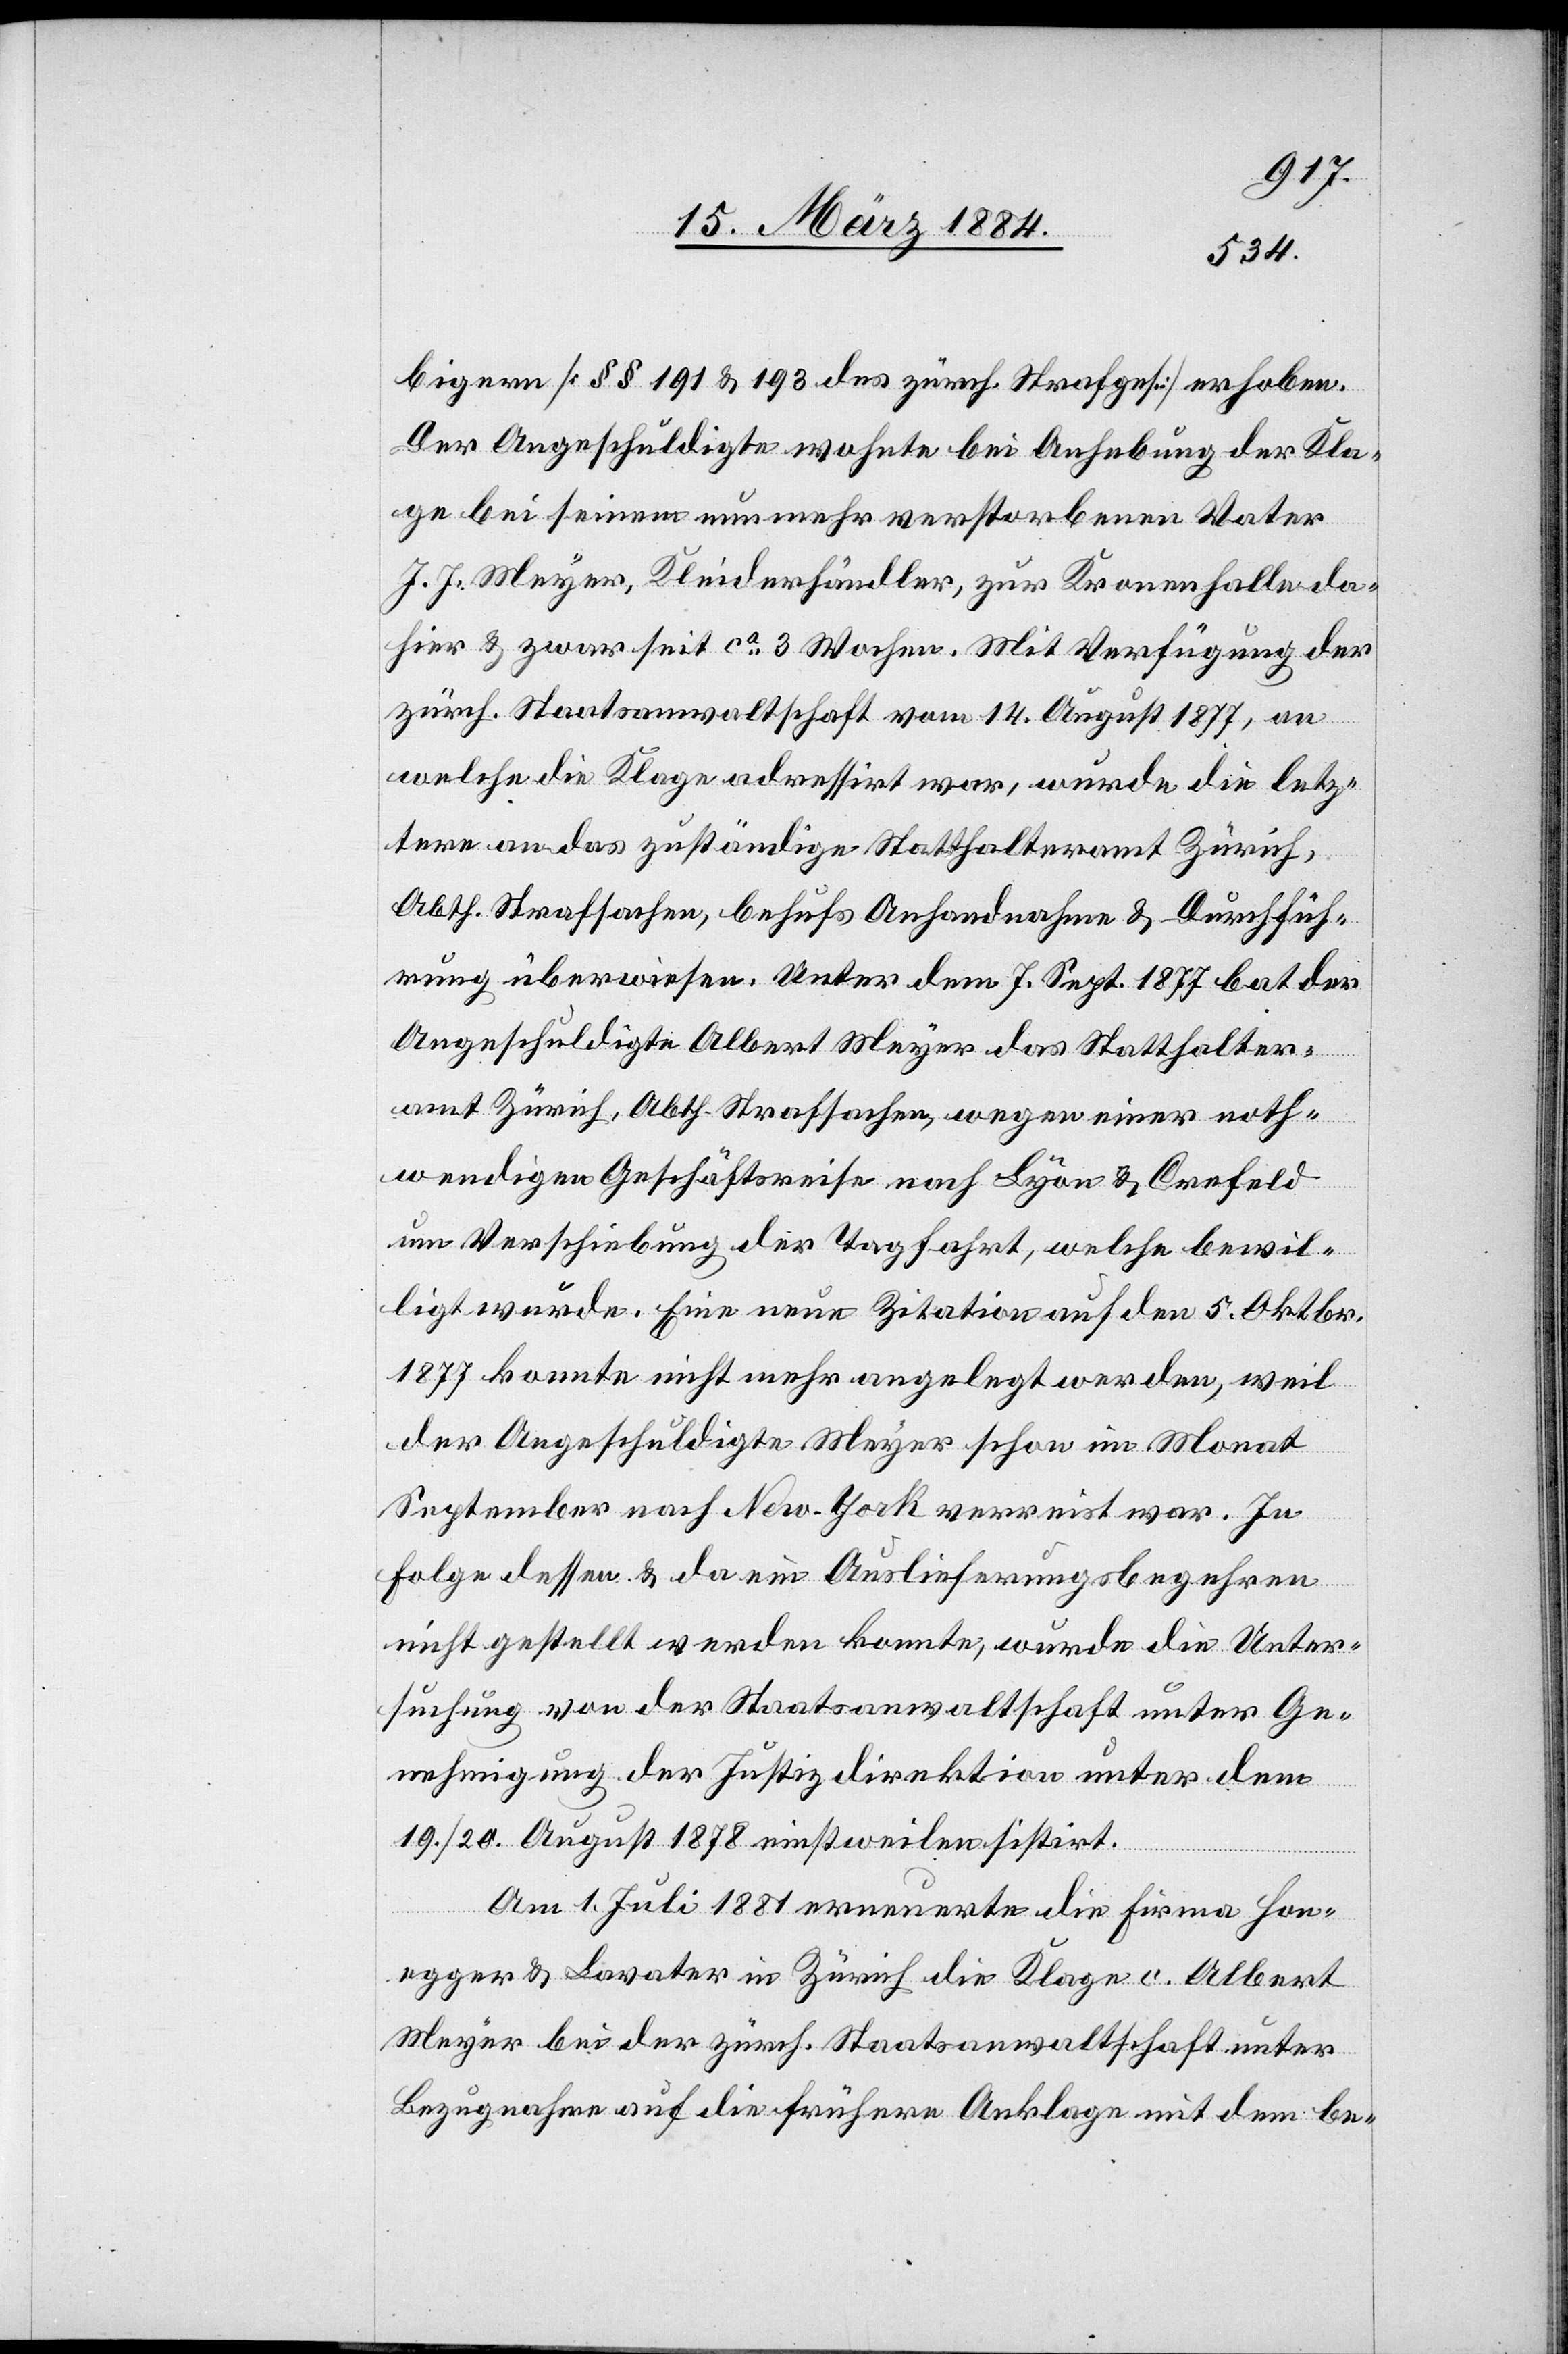
bigern [§§ 191 & 193 des zürch. Strafges.] erhoben.
Der Angeschuldigte wohnte bei Anhebung der Kla¬
ge bei seinem nunmehr verstorbenen Vater
J. J. Meyer, Kleiderhändler, zur Kronenhalle da¬
hier & zwar seit ca 3 Wochen. Mit Verfügung der
zürch. Staatsanwaltschaft vom 14. August 1877, an
welche die Klage adressirt war, wurde die letz¬
tere an das zuständige Statthalteramt Zürich,
Abth. Strafsachen, behufs Anhandnahme & Durchfüh¬
rung überwiesen. Unter dem 7. Sept. 1877 bat der
Angeschuldigte Albert Meyer das Statthalter¬
amt Zürich, Abth. Strafsachen, wegen einer noth¬
wendigen Geschäftsreise nach Lyon & Crenfeld
um Verschiebung der Tagfahrt, welche bewil¬
ligt wurde. Eine neue Zitation auf den 5. Oktobr.
1877 konnte nicht mehr angelegt werden, weil
der Angeschuldigte Meyer schon im Monat
September nach New-York verreist war. In
Folge dessen & da ein Auslieferungsbegehren
nicht gestellt werden konnte, wurde die Unter¬
suchung von der Staatsanwaltschaft unter Ge¬
nehmigung der Justizdirektion unter dem
19./20. August 1878 einstweilen sistirt.
Am 1. Juli 1881 erneuerte die Firma Hon¬
egger & Lavater in Zürich die Klage c. Albert
Meyer bei der zürch. Staatsanwaltschaft unter
Bezugnahme auf die frühere Anklage mit dem be-